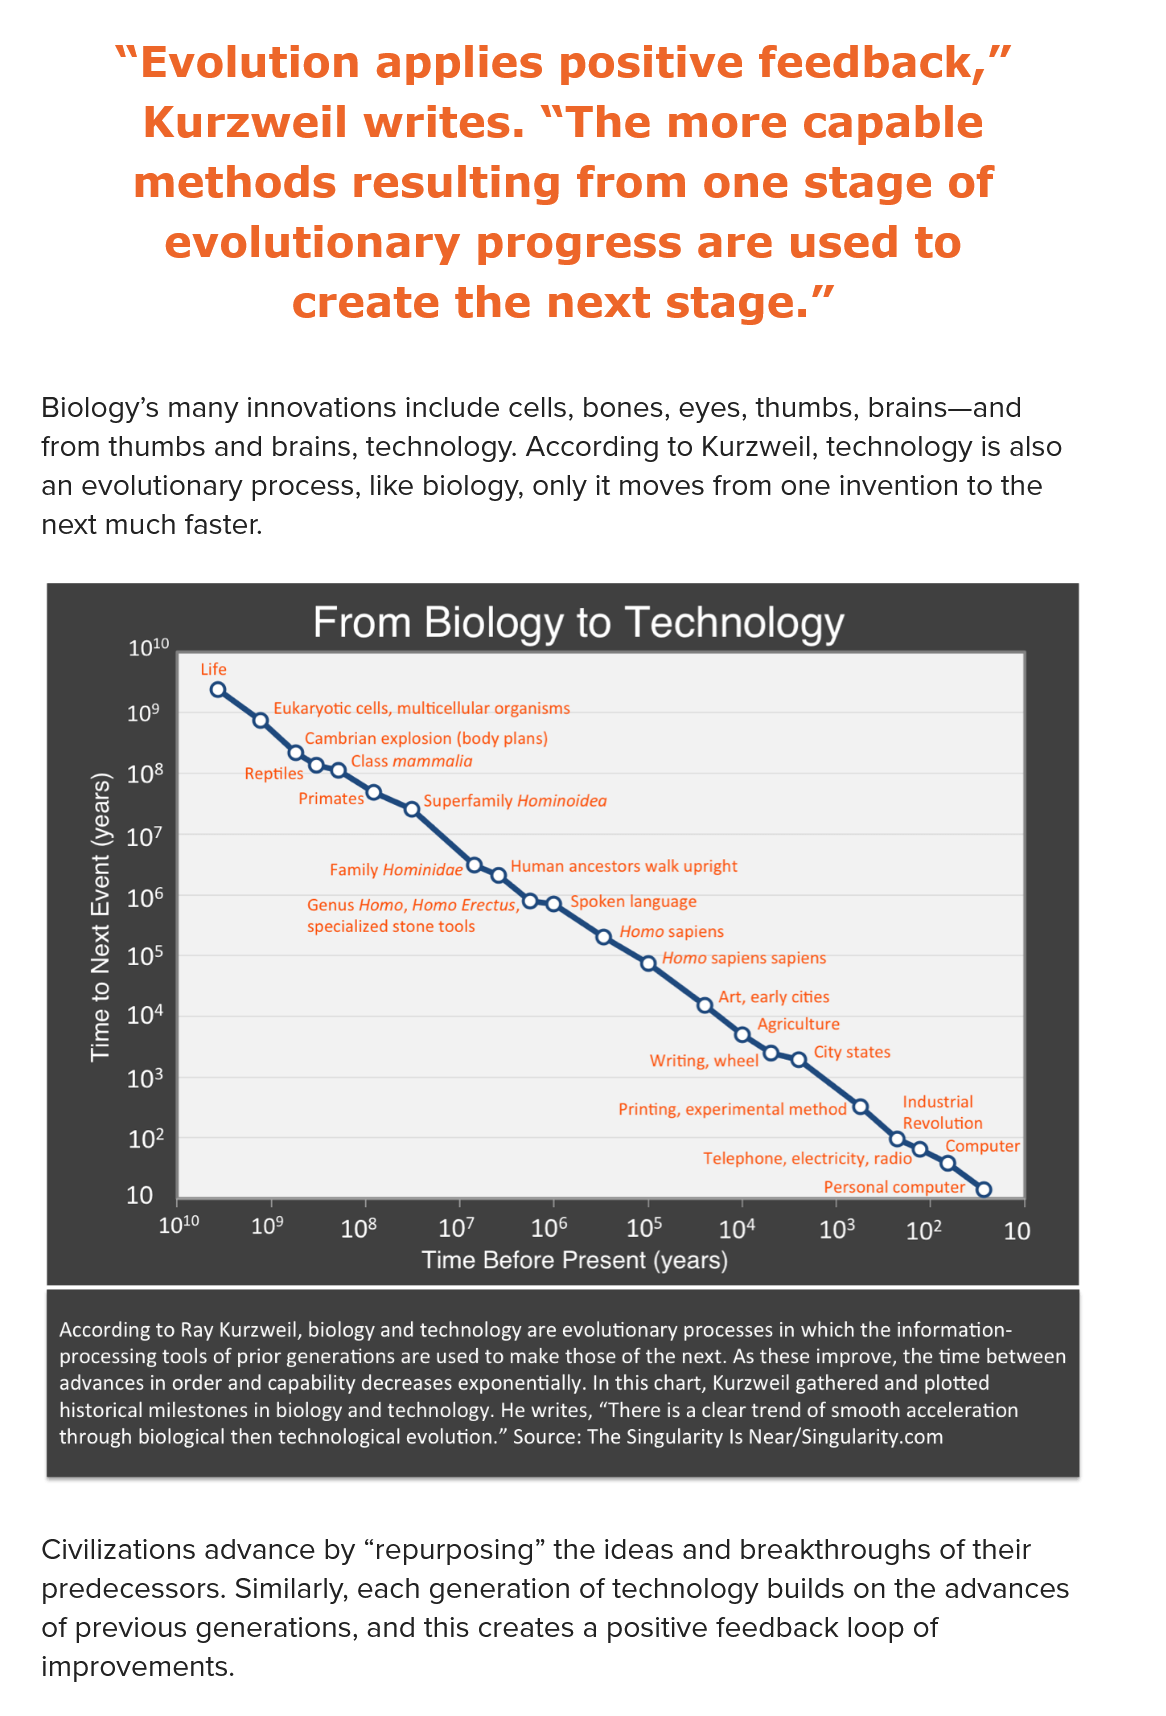
“Evolution    applies    positive    feedback,”
     Kurzweil    writes.    “The    more    capable
     methods    resulting    from    one    stage    of
     evolutionary    progress    are    used    to
     create    the    next    stage.”
     Biology’s   many   innovations  include   cells,   bones,   eyes,  thumbs,    brains—and
    from   thumbs  and  brains,    technology.    According    to Kurzweil,   technology   is   also
    an  evolutionary    process, like   biology,  only  it moves   from   one  invention    to the
     next  much faster.
     According to Ray Kurzweil, biology and technology are evolutionary processes in which the information-
     processing tools of prior generations are used to make those of the next. As these improve, the time between
     advances in order and capability decreases exponentially. In this chart, Kurzweil gathered and plotted
     historical milestones in biology and technology. He writes, “There is a clear trend of smooth acceleration
     through biological then technological evolution.” Source: The Singularity Is Near/Singularity.com
    Civilizations   advance    by “repurposing”    the  ideas   and  breakthroughs    of  their
     predecessors.    Similarly,  each  generation    of technology    builds  on  the  advances
    of  previous   generations,    and  this creates   a positive   feedback    loop   of
     improvements.